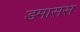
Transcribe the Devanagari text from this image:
डमासस